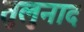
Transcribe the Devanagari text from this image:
तुलुनाद